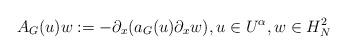
LaTeX: \begin{align*} A_G(u)w:=-\partial_x(a_G(u)\partial_xw),u\in U^\alpha,w\in H^2_N\end{align*}